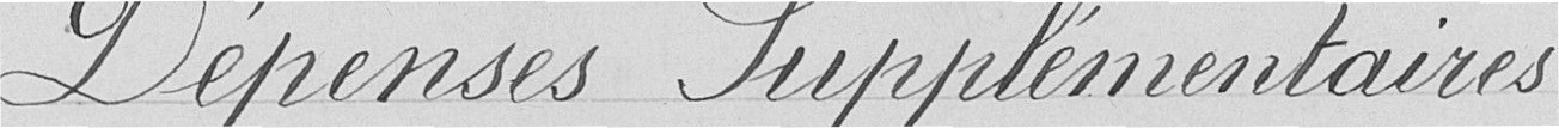
Dépenses supplémentaires